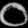
Digit: ၀